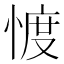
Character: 𢜬